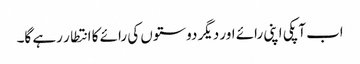
اب آپکی اپنی رائے اور دیگر دوستوں کی رائے کا انتطار رہے گا۔